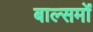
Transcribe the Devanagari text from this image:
बाल्समों